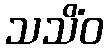
သသိံဝ